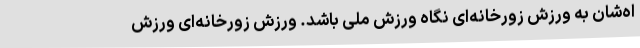
اه‌شان به ورزش زورخانه‌ای نگاه ورزش ملی باشد. ورزش زورخانه‌ای ورزش